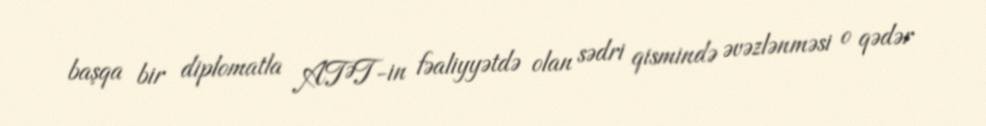
başqa bir diplomatla ATƏT-in fəaliyyətdə olan sədri qismində əvəzlənməsi o qədər